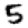
Digit: 5